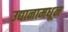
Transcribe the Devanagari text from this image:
उद्यानामधून